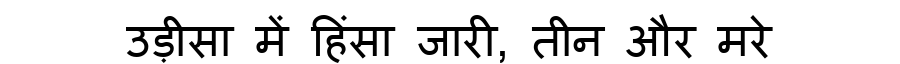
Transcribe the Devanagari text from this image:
उड़ीसा में हिंसा जारी, तीन और मरे